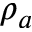
\rho _ { a }